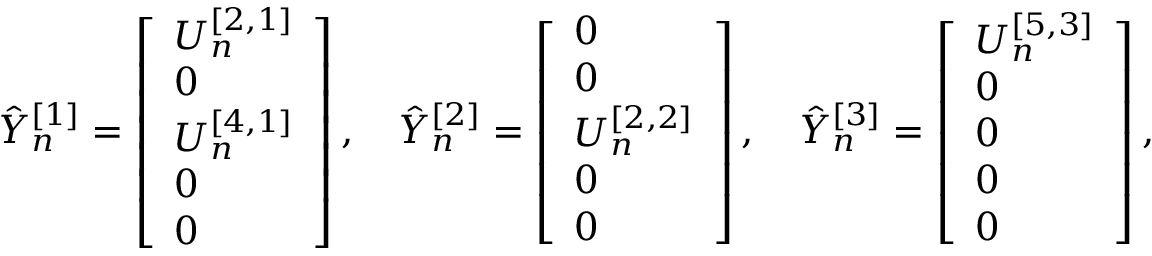
\begin{array} { r } { \hat { Y } _ { n } ^ { [ 1 ] } = \left[ \begin{array} { l } { U _ { n } ^ { [ 2 , 1 ] } } \\ { 0 } \\ { U _ { n } ^ { [ 4 , 1 ] } } \\ { 0 } \\ { 0 } \end{array} \right] , \quad \hat { Y } _ { n } ^ { [ 2 ] } = \left[ \begin{array} { l } { 0 } \\ { 0 } \\ { U _ { n } ^ { [ 2 , 2 ] } } \\ { 0 } \\ { 0 } \end{array} \right] , \quad \hat { Y } _ { n } ^ { [ 3 ] } = \left[ \begin{array} { l } { U _ { n } ^ { [ 5 , 3 ] } } \\ { 0 } \\ { 0 } \\ { 0 } \\ { 0 } \end{array} \right] , } \end{array}